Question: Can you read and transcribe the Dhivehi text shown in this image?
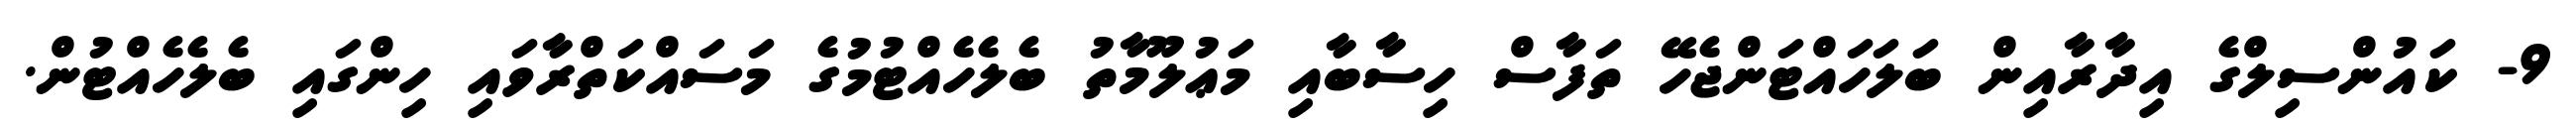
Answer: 9- ކައުންސިލްގެ އިދާރާއިން ބަލަހައްޓަންޖެހޭ ތަފާސް ހިސާބާއި މަޢުލޫމާތު ބެލެހެއްޓުމުގެ މަސައްކަތްރާވައި ހިންގައި ބެލެހެއްޓުން.